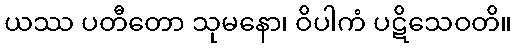
ယဿ ပတီတော သုမနော၊ ဝိပါကံ ပဋိသေဝတိ။